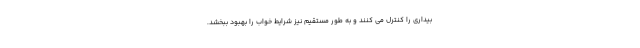
بیداری را کنترل می کنند و به طور مستقیم نیز شرایط خواب را بهبود ببخشد.